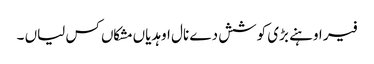
فیر اوہنے بڑی کوشش دے نال اوہدیاں مشکاں کس لیاں ۔